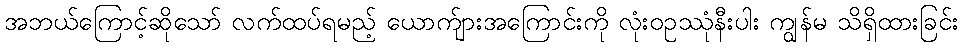
အဘယ်ကြောင့်ဆိုသော် လက်ထပ်ရမည့် ယောက်ျားအကြောင်းကို လုံးဝဥဿုံနီးပါး ကျွန်မ သိရှိထားခြင်း